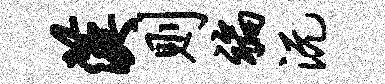
汉则褊沅